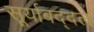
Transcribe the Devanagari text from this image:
सूर्याबद्दल